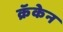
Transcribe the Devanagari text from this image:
क्रॅकेन